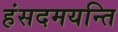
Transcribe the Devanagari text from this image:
हंसदमयन्ति